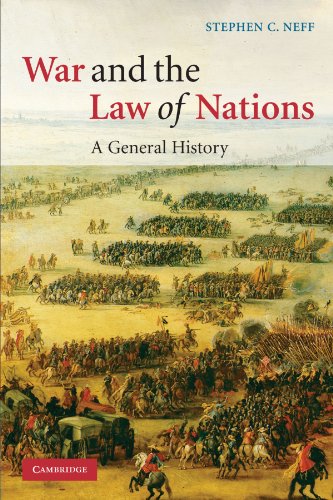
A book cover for War and the Law of Nations: A General History; Stephen C. Neff; Law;